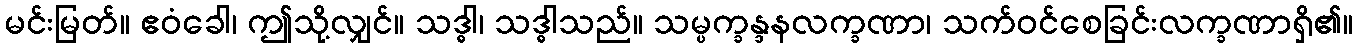
မင်းမြတ်။ ဧဝံခေါ၊ ဤသို့လျှင်။ သဒ္ဓါ၊ သဒ္ဓါသည်။ သမ္ပက္ခန္ဒနလက္ခဏာ၊ သက်ဝင်စေခြင်းလက္ခဏာရှိ၏။